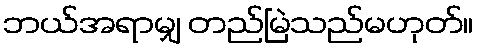
ဘယ်အရာမျှ တည်မြဲသည်မဟုတ်။